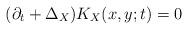
LaTeX: \begin{align*} (\partial_{t} + \Delta_X) K_X(x,y;t)= 0\,\,\,\,\,\end{align*}